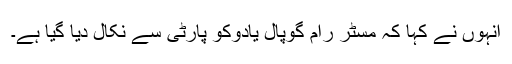
انہوں نے کہا کہ مسٹر رام گوپال یادوکو پارٹی سے نکال دیا گیا ہے۔